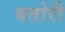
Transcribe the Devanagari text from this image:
बतोरी